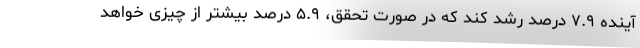
آینده ۷.۹ درصد رشد کند که در صورت تحقق، ۵.۹ درصد بیشتر از چیزی خواهد